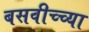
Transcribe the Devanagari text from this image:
बसवीच्च्या